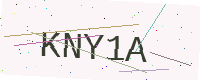
Text: KNY1A